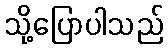
သို့ပြောပါသည်